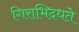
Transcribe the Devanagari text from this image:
गिराभिदधते